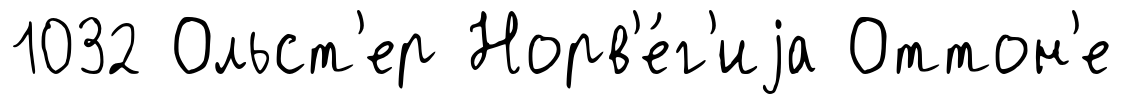
1032 Ольст'ер Норв'е́г'иjа Оттон'е